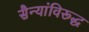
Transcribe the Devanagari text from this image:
सैन्यांविरूद्ध